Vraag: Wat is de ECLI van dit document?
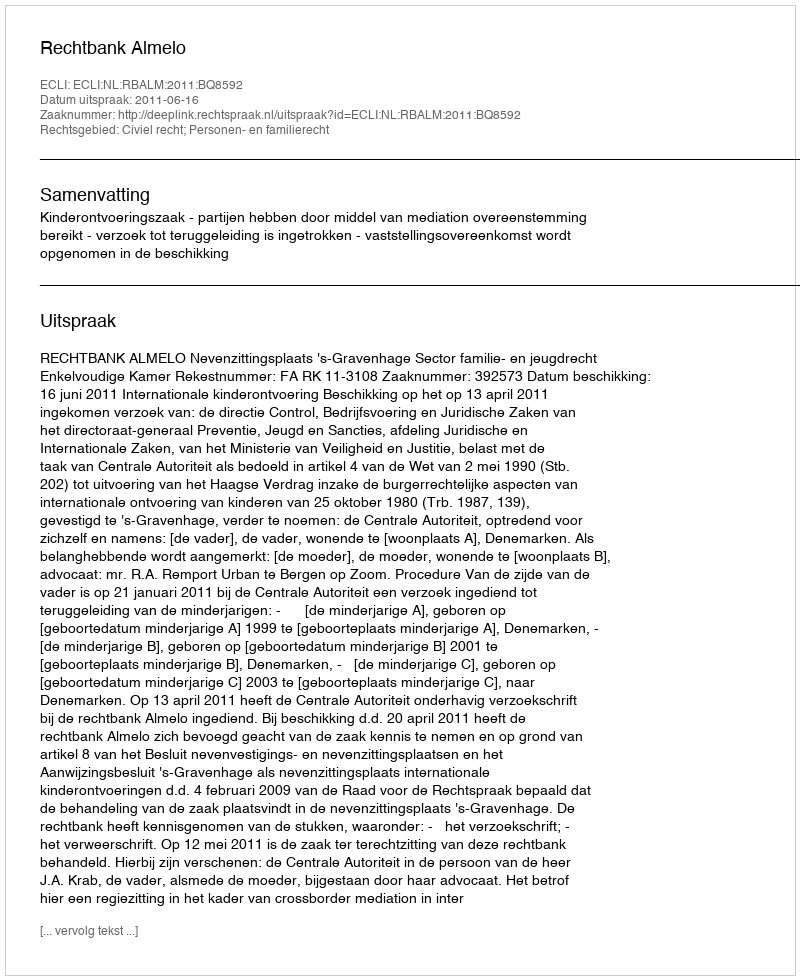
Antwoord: ECLI:NL:RBALM:2011:BQ8592